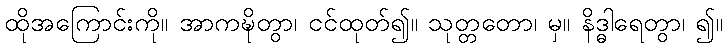
ထိုအကြောင်းကို။ အာကဍ္ဎိတွာ၊ ငင်ထုတ်၍။ သုတ္တတော၊ မှ။ နိဒ္ဓါရေတွာ၊ ၍။